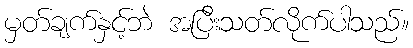
မှတ်ချက်နှင့်ဘဲ အပြီးသတ်လိုက်ပါသည်။